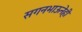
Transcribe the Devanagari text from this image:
सगनभाऊनेही